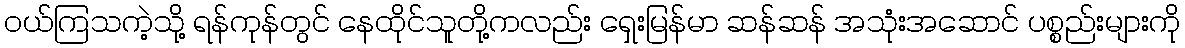
ဝယ်ကြသကဲ့သို့ ရန်ကုန်တွင် နေထိုင်သူတို့ကလည်း ရှေးမြန်မာ ဆန်ဆန် အသုံးအဆောင် ပစ္စည်းများကို